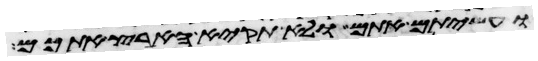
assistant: ועשיתם אתם ולא תקיא הארץ אתכם